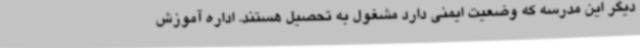
دیگر این مدرسه که وضعیت ایمنی دارد مشغول به تحصیل هستند. اداره آموزش